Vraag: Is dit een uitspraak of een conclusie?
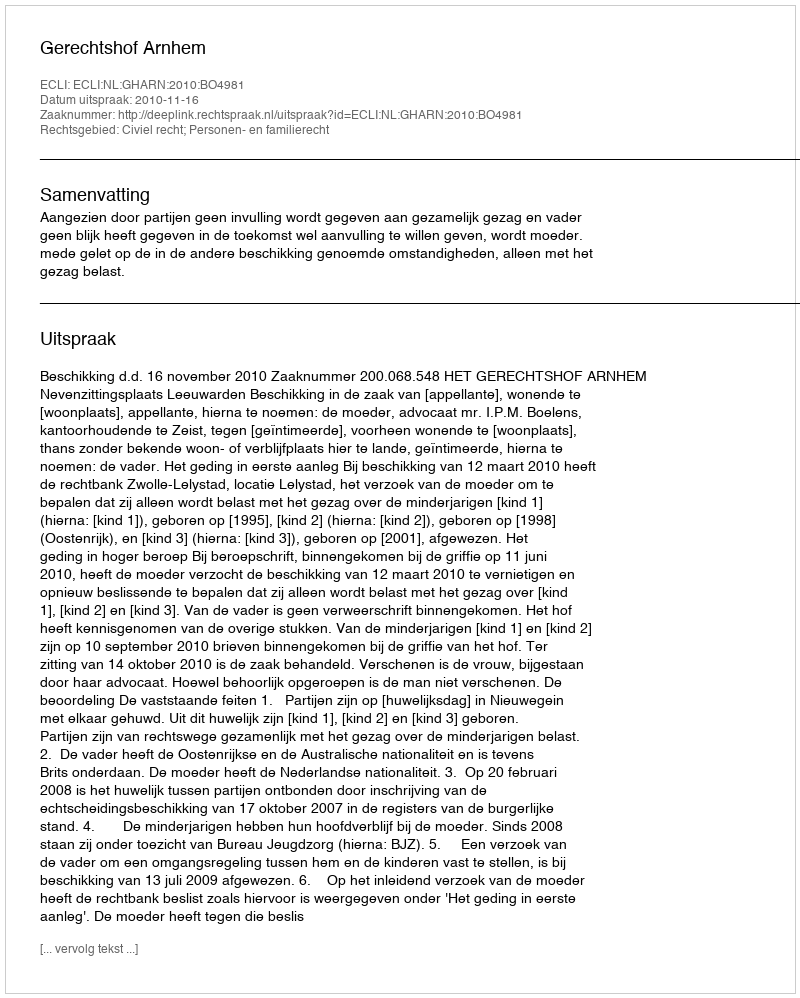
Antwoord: Uitspraak